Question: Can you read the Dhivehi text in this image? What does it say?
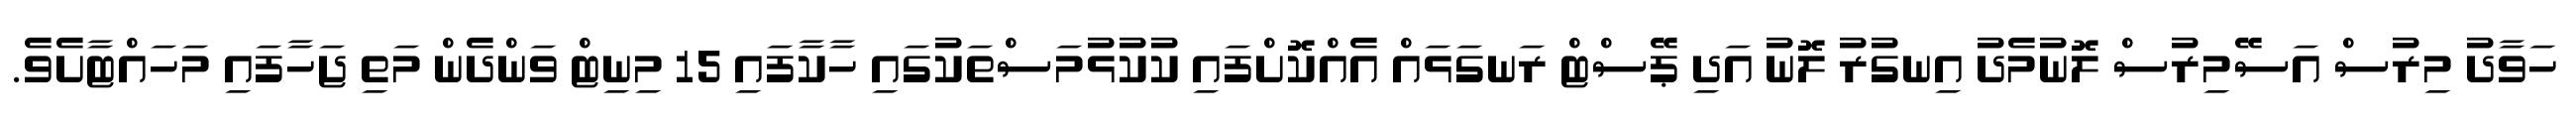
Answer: ހަވާދު މިރުސް އަސޭމިރުސް ލޮނުމެދު އިނގުރު ލޮނު އަދި ޕޭސްޓް ރަނގަޅައް އެއްކޮށްފައި ކުކުޅުމަސްތަކުގައި ހާކާފައި 15 މިނިޓް ވަންދެން މަތި ޖަހާފައި މަހައްޓާށެވެ.